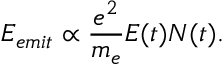
E _ { e m i t } \propto \frac { e ^ { 2 } } { m _ { e } } E ( t ) N ( t ) .